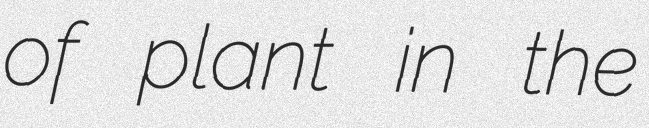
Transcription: of plant in the